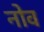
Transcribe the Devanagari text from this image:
नोव